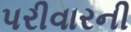
પરીવારની